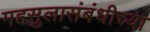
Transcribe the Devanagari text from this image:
महसुलासंबंधीच्या